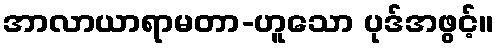
အာလာယာရာမတာ-ဟူသော ပုဒ်အဖွင့်။